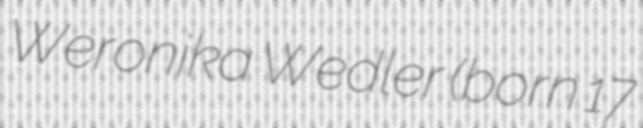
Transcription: Weronika Wedler (born 17